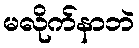
မလိုက်နာဘဲ